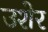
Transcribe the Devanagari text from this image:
उशेर